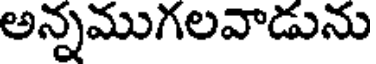
అన్నముగలవాడును